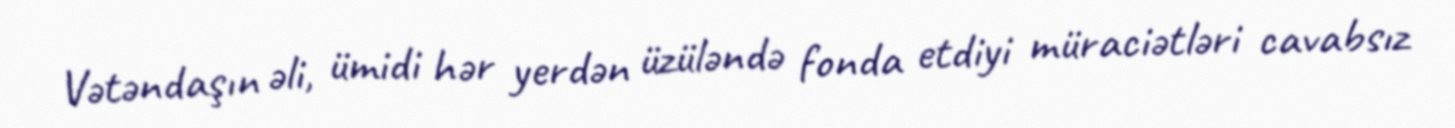
Vətəndaşın əli, ümidi hər yerdən üzüləndə fonda etdiyi müraciətləri cavabsız